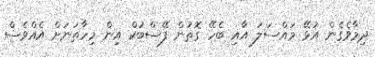
ދިމާވެގެން އުޅޭ މައްސަލަ އާއި ބެހޭ ގޮތުން ފޭސްބުކް އިން މިހާތަނަށް އެއްވެސް